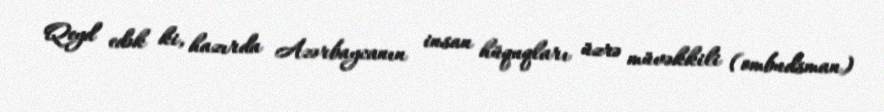
Qeyd edək ki, hazırda Azərbaycanın insan hüquqları üzrə müvəkkili (ombudsman)